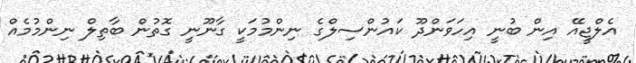
އެލްޖީއޭ އިން ބުނީ އިހަވަންދޫ ކައުންސިލްގެ ނިންމުމަކީ ގާނޫނީ ގޮތުން ބާތިލް ނިންމުމެއް